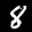
Label: 8